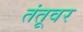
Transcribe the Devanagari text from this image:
तंतूवर